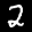
Label: 2